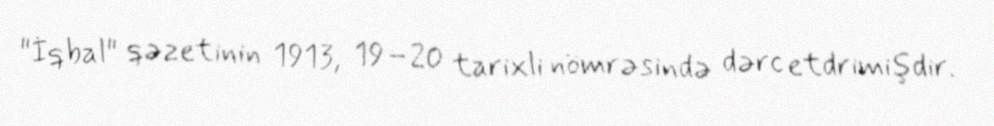
"İqbal" qəzetinin 1913, 19–20 tarixli nömrəsində dərc etdrimişdir.